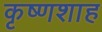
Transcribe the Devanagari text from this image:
कृष्णशाह